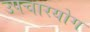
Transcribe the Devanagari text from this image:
उपचारयोग